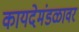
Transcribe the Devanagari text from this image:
कायदेमंडळावर